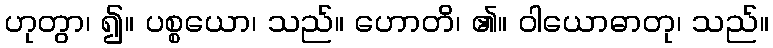
ဟုတွာ၊ ၍။ ပစ္စယော၊ သည်။ ဟောတိ၊ ၏။ ဝါယောဓာတု၊ သည်။